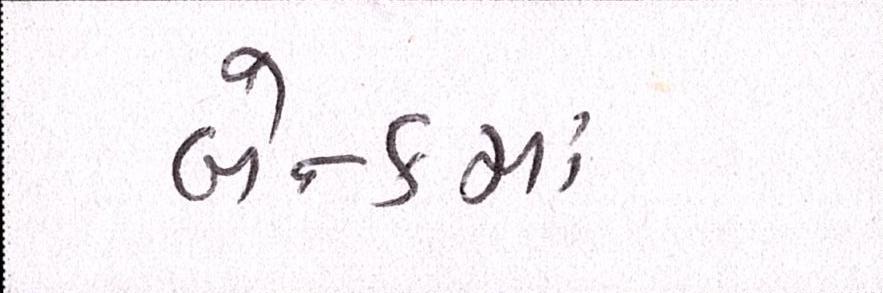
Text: બૅન્કમાં